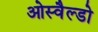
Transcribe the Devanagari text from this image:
ओस्वैल्डो